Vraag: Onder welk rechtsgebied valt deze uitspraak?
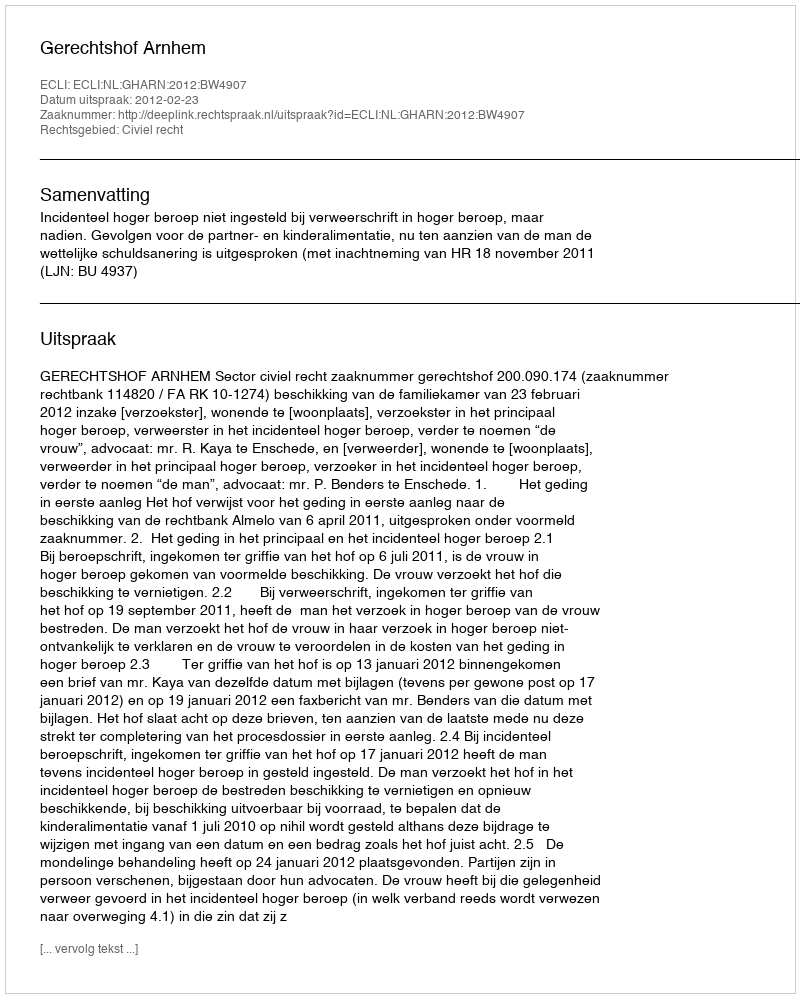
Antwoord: Civiel recht